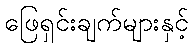
ဖြေရှင်းချက်များနှင့်